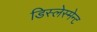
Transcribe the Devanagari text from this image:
डिस्लेस्मेन्ट